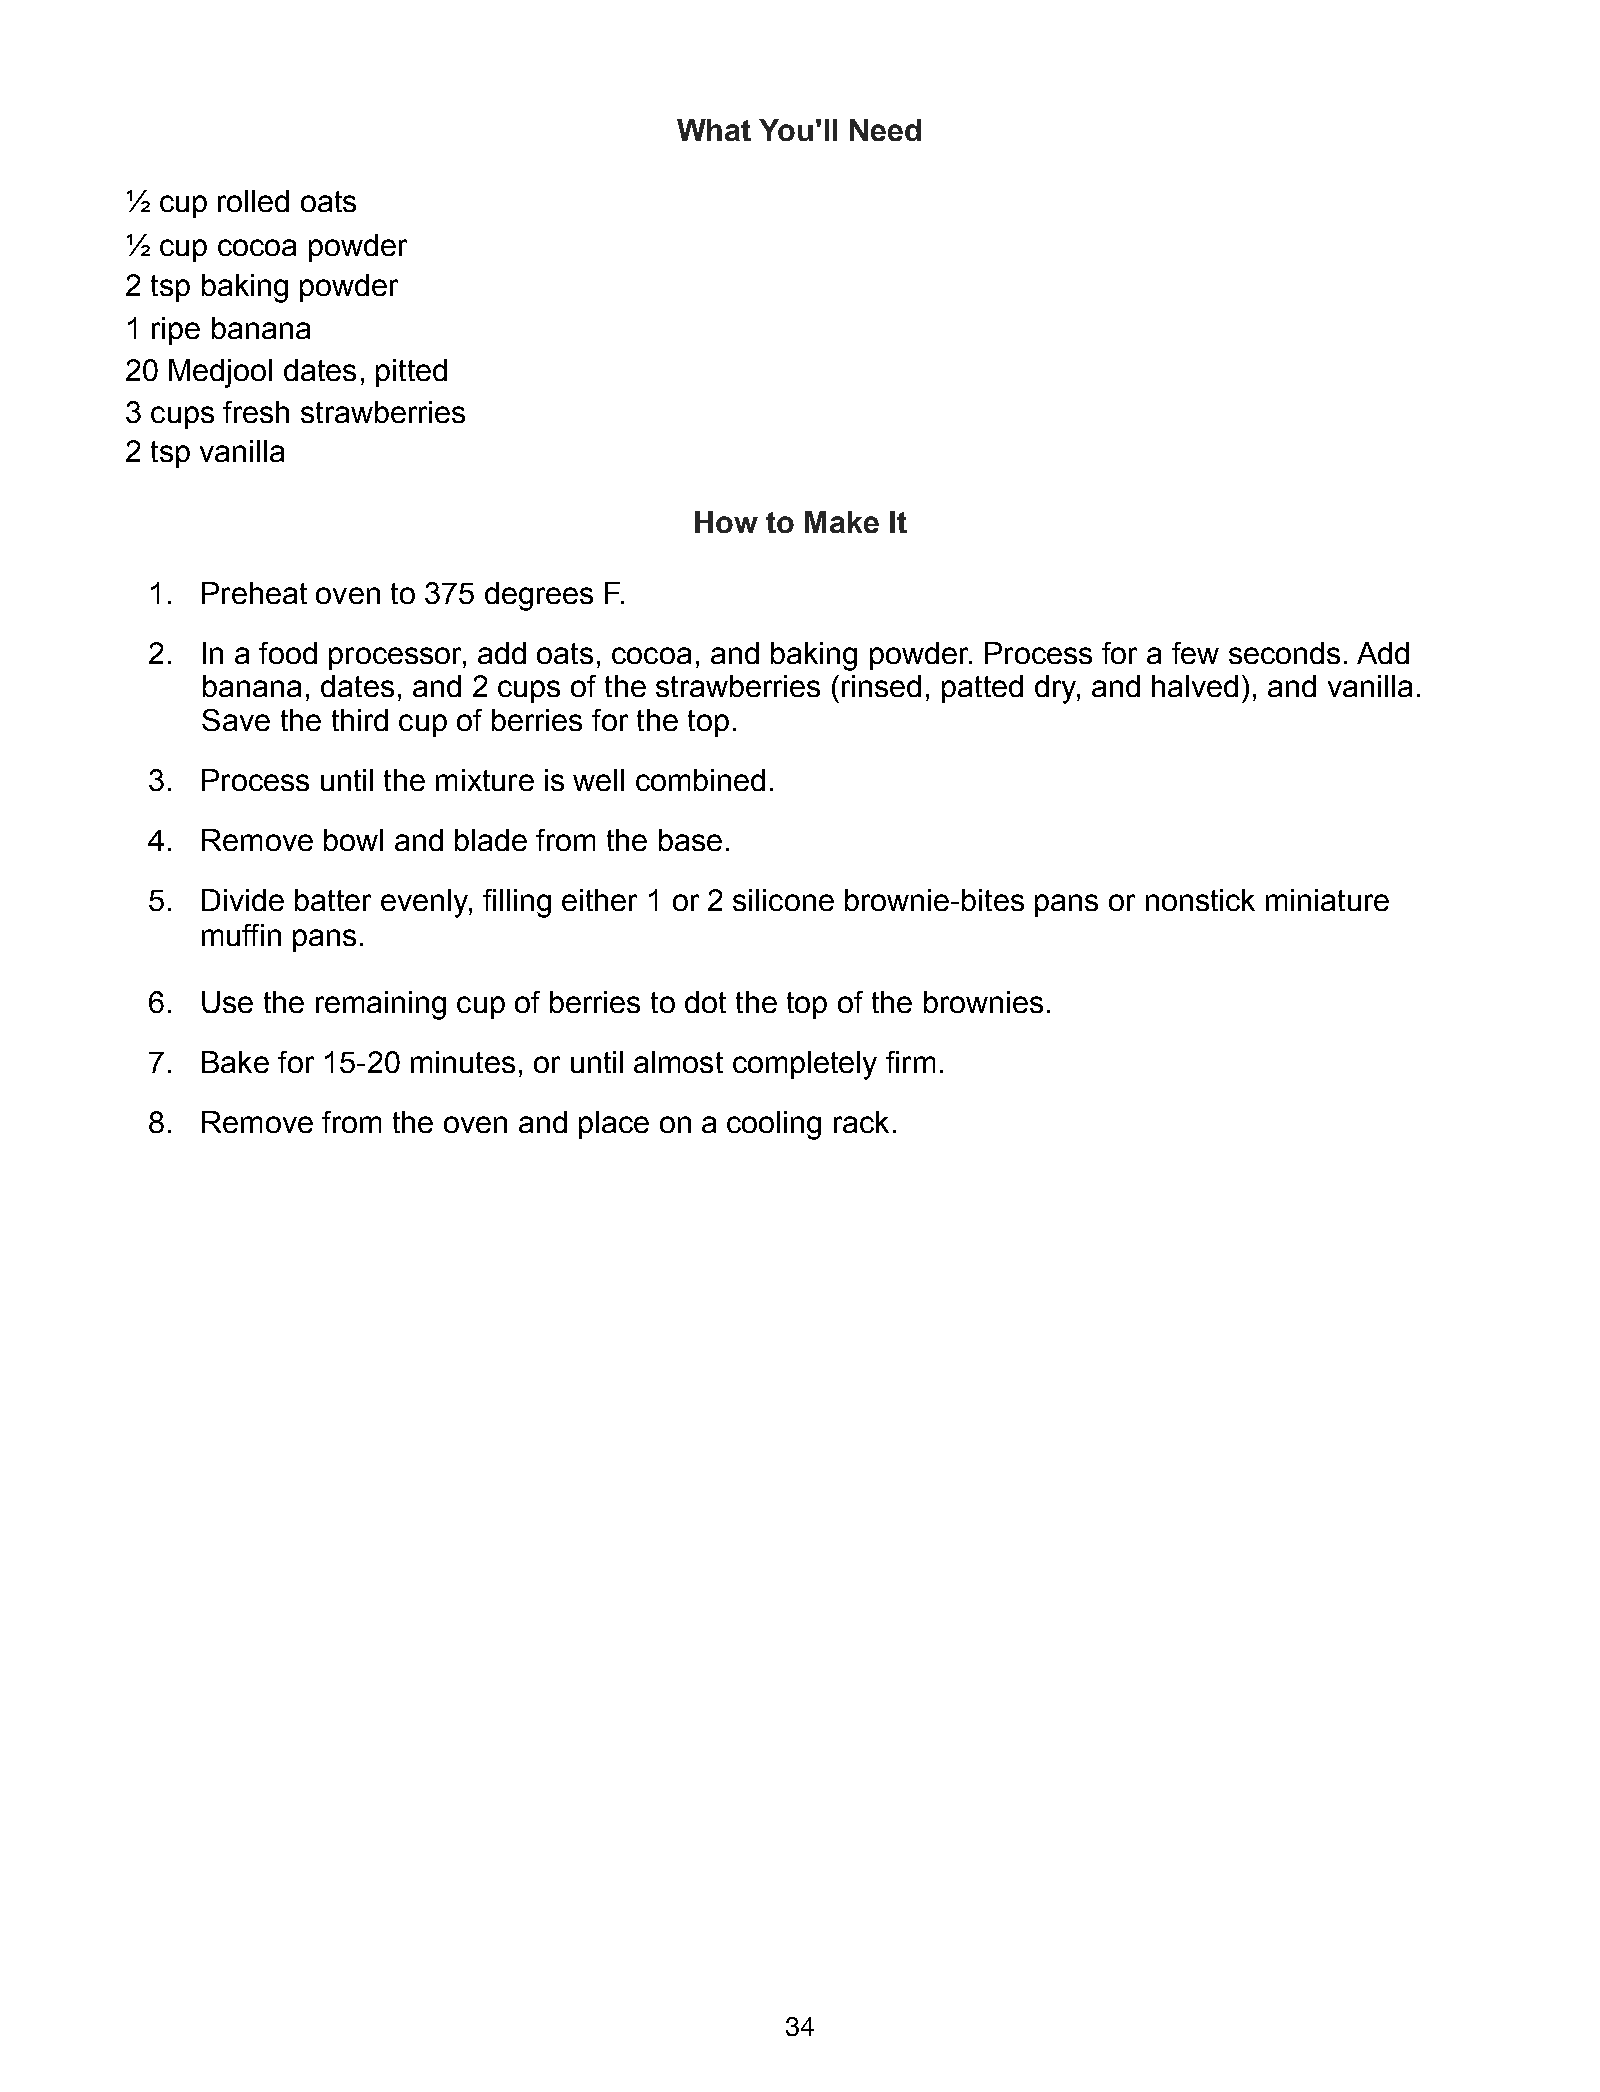
What You'll Need
 ½  cup rolled oats
 ½  cup cocoa powder
 2 tsp baking powder
 1 ripe banana
 20 Medjool dates, pitted
 3 cups fresh strawberries
 2 tsp vanilla
 How  to Make It
 1. Preheat oven to 375 degrees F.
 2. In a food processor, add oats, cocoa, and baking powder. Process for a few seconds. Add
 banana, dates, and 2 cups of the strawberries (rinsed, patted dry, and halved), and vanilla.
 Save  the third cup of berries for the top.
 3. Process until the mixture is well combined.
 4. Remove  bowl and blade from the base.
 5. Divide batter evenly, filling either 1 or 2 silicone brownie-bites pans or nonstick miniature
 muffin pans.
 6. Use the remaining cup of berries to dot the top of the brownies.
 7. Bake for 15-20 minutes, or until almost completely firm.
 8. Remove  from the oven and place on a cooling rack.
 34